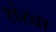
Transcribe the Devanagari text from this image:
शंखा